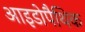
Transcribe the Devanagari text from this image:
आइडोपैथिक